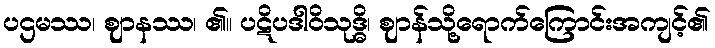
ပဌမဿ၊ ဈာနဿ၊ ၏။ ပဋိပဒါဝိသုဒ္ဓိ၊ ဈာန်သို့ရောက်ကြောင်းအကျင့်၏